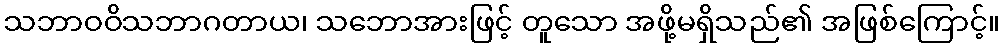
သဘာဝဝိသဘာဂတာယ၊ သဘောအားဖြင့် တူသော အဖို့မရှိသည်၏ အဖြစ်ကြောင့်။